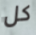
كل